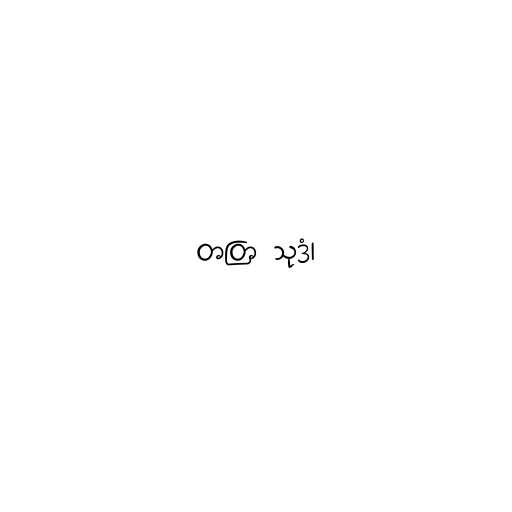
တတြ သုဒံ၊